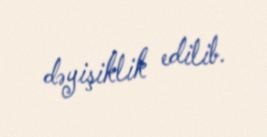
dəyişiklik edilib.